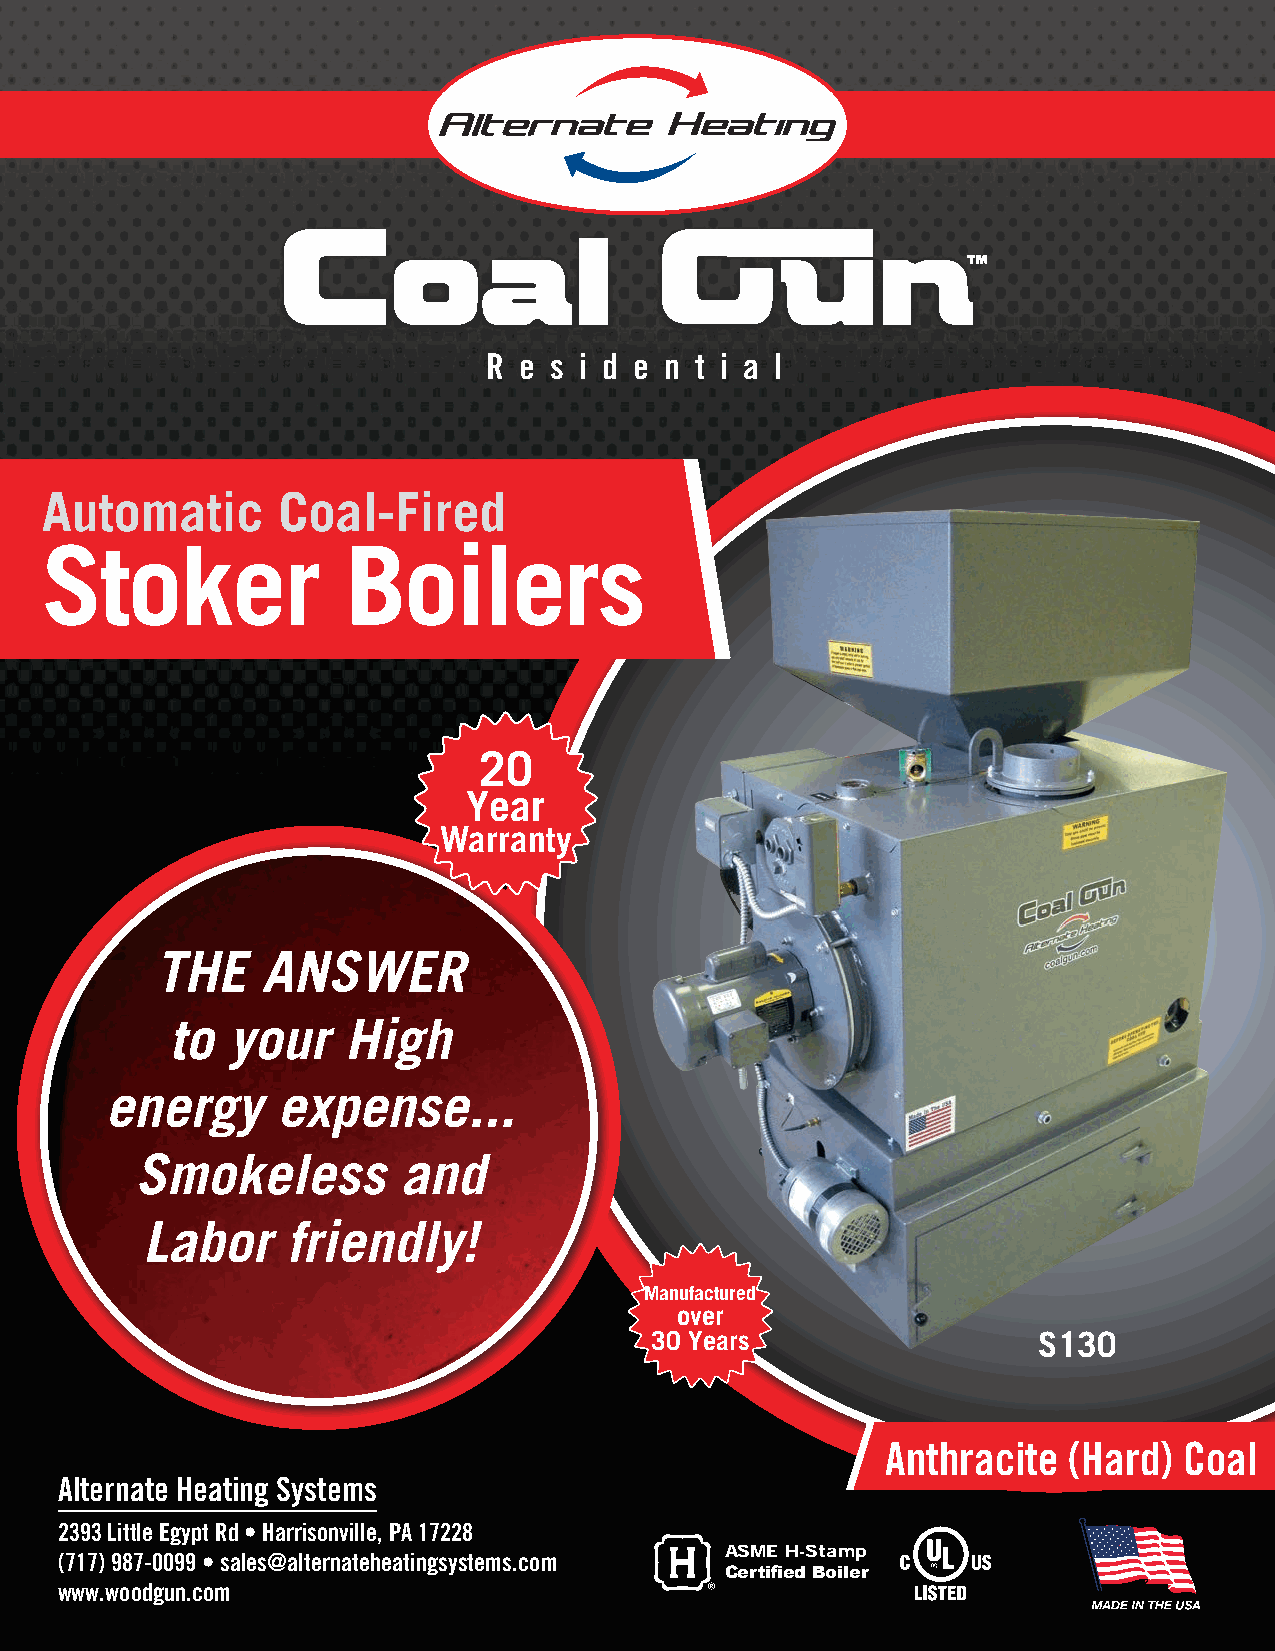
R e s i d e n t i a l
 Automatic      Coal-Fired
 Stoker              Boilers
 20
 Year
 Warranty
 THE    ANSWER
 to  your    High
 energy     expense...
 Smokeless         and
 Labor     friendly!
 Manufactured
 over
 30 Years                  S130
 Anthracite  (Hard) Coal
 Alternate Heating Systems
 2393 Little Egypt Rd • Harrisonville, PA 17228
 ASME H-Stamp
 (717) 987-0099 • sales@alternateheatingsystems.com
 Certified Boiler
 www.woodgun.com